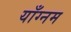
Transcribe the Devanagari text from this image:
याँग्नम